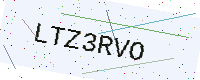
Text: LTZ3RVO